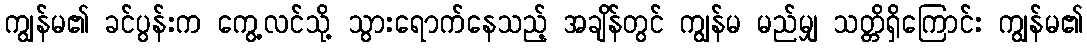
ကျွန်မ၏ ခင်ပွန်းက ကွေ့လင်သို့ သွားရောက်နေသည့် အချိန်တွင် ကျွန်မ မည်မျှ သတ္တိရှိကြောင်း ကျွန်မ၏